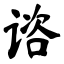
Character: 谘